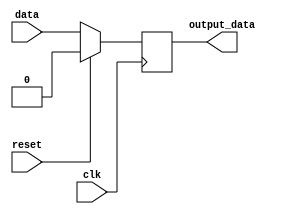
module synchronous_design_element (
    input clk,
    input reset,
    input data,
    output reg output_data
);

always @ (posedge clk) begin
    if (reset) begin
        output_data <= 0;
    end else begin
        output_data <= data;
    end
end

endmodule